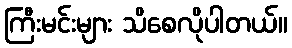
ကြီးမင်းများ သိစေလိုပါတယ်။